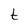
Character: t